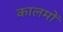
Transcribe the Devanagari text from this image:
कालमों